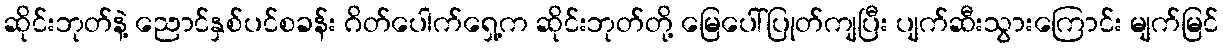
ဆိုင်းဘုတ်နဲ့ ညောင်နှစ်ပင်စခန်း ဂိတ်ပေါက်ရှေ့က ဆိုင်းဘုတ်တို့ မြေပေါ်ပြုတ်ကျပြီး ပျက်ဆီးသွားကြောင်း မျက်မြင်